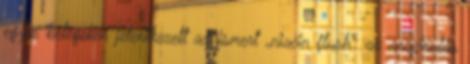
egyes betegeken jelentkezett az ismert „niacin flush”: az arcpirulás